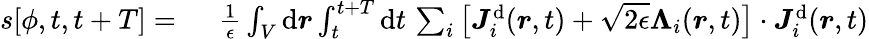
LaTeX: \begin{array}{rl}{s[{\phi},t,t+T]=~}&{{}\frac{1}{\epsilon}\int_{V}\mathrm{d}\boldsymbol{r}\int_{t}^{t+T}\mathrm{d}t\, \sum_{i}\big[{\boldsymbol{J}}_{i}^{\mathrm{d}}(\boldsymbol{r},t)+\sqrt{2\epsilon}{\boldsymbol{\Lambda}}_{i}(\boldsymbol{r},t)\big]\cdot{\boldsymbol{J}}_{i}^{\mathrm{d}}(\boldsymbol{r},t)}\end{array}